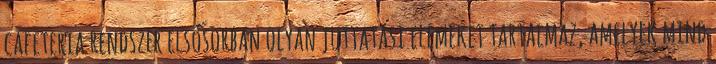
cafeteria rendszer elsősorban olyan juttatási elemeket tartalmaz, amelyek mind